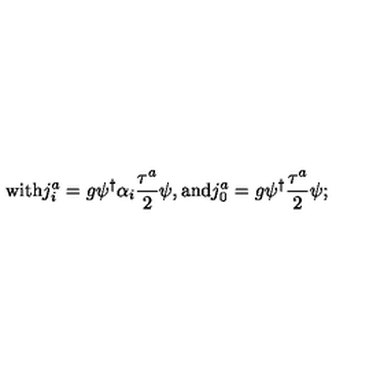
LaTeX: \mathrm { w i t h } j _ { i } ^ { a } = g \psi ^ { \dagger } { \alpha } _ { i } \frac { { \tau } ^ { a } } { 2 } \psi , \mathrm { a n d } j _ { 0 } ^ { a } = g \psi ^ { \dagger } \frac { { \tau } ^ { a } } { 2 } \psi ;